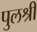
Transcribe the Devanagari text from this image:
पुलश्री